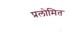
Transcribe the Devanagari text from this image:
प्रलोमित